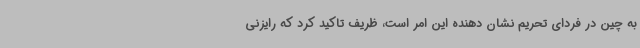
به چین در فردای تحریم نشان دهنده این امر است، ظریف تاکید کرد که رایزنی